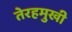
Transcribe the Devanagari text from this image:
तेरहमुखी